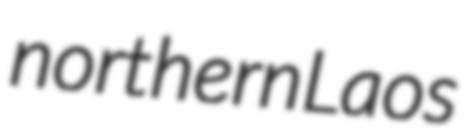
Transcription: northern Laos